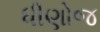
ધીણોજ